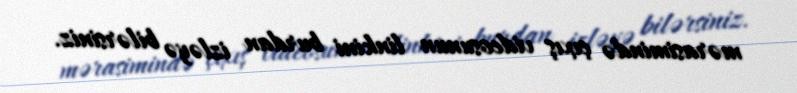
mərasimində çıxış videosunun linkini burdan izləyə bilərsiniz.